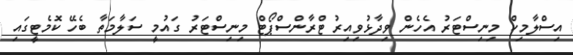
އިސްލާމިކް މިނިސްޓަރު އެހެން ވިދާޅުވިއިރު ޓްރާންސްޕޯޓް މިނިސްޓަރު ގައުމީ ސަލާމަތާ ބެހޭ ކޮމެޓީގައި